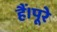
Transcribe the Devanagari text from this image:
हैं।पूरे